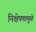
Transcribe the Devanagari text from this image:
निक्षेपणामुळे